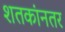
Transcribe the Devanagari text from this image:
शतकांनतर